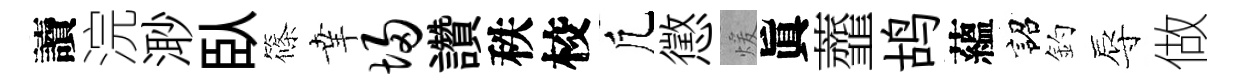
讀浣𣺌臥篠𦍒埽讚秩校凢懲煖眞虀鸪蘊詔釣辱做